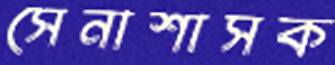
সেনাশাসক